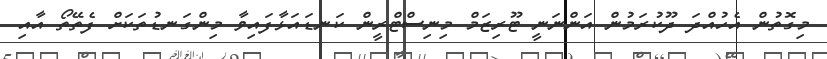
މިގޮތުން އެހުއްދަ ދޫކުރަމުން އަންނަނީ ޓޫރިޒަމް މިނިސްޓްރީން ކަނޑައަޅާފައިވާ މިންގަނޑުތަކަށް ފެތޭތޯ އާއި